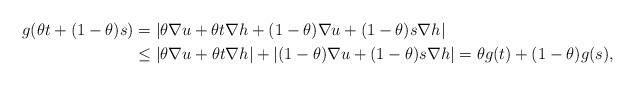
LaTeX: \begin{align*}g(\theta t + (1-\theta)s) &= |\theta \nabla u + \theta t \nabla h + (1-\theta) \nabla u + (1-\theta) s \nabla h |\\&\le |\theta \nabla u + \theta t \nabla h |+ |(1-\theta) \nabla u + (1-\theta) s \nabla h | = \theta g(t) + (1-\theta) g(s),\end{align*}